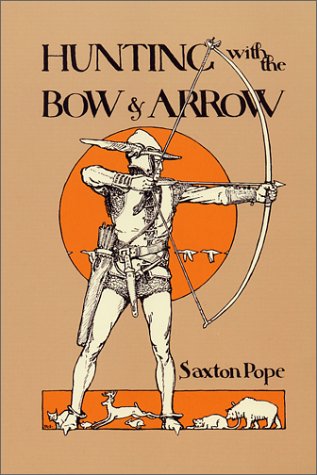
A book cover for Hunting with the Bow & Arrow; Saxton Pope; Sports & Outdoors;